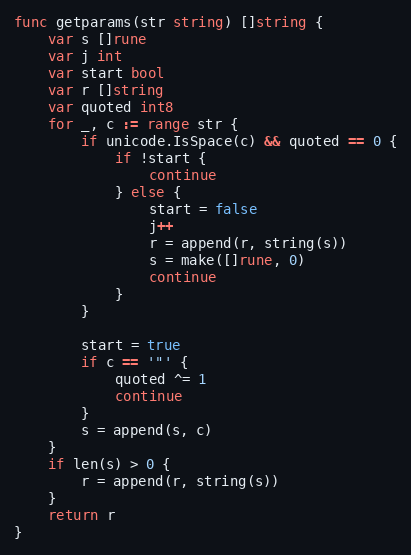
Language: Go
func getparams(str string) []string {
	var s []rune
	var j int
	var start bool
	var r []string
	var quoted int8
	for _, c := range str {
		if unicode.IsSpace(c) && quoted == 0 {
			if !start {
				continue
			} else {
				start = false
				j++
				r = append(r, string(s))
				s = make([]rune, 0)
				continue
			}
		}

		start = true
		if c == '"' {
			quoted ^= 1
			continue
		}
		s = append(s, c)
	}
	if len(s) > 0 {
		r = append(r, string(s))
	}
	return r
}